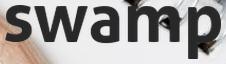
swamp